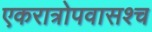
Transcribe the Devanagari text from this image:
एकरात्रोपवासश्च